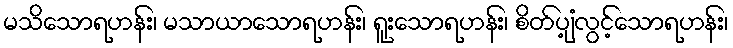
မသိသောရဟန်း၊ မသာယာသောရဟန်း၊ ရူးသောရဟန်း၊ စိတ်ပျံ့လွင့်သောရဟန်း၊